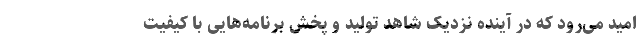
امید می‌رود که در آینده نزدیک شاهد تولید و پخش برنامه‌هایی با کیفیت